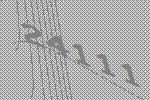
24111